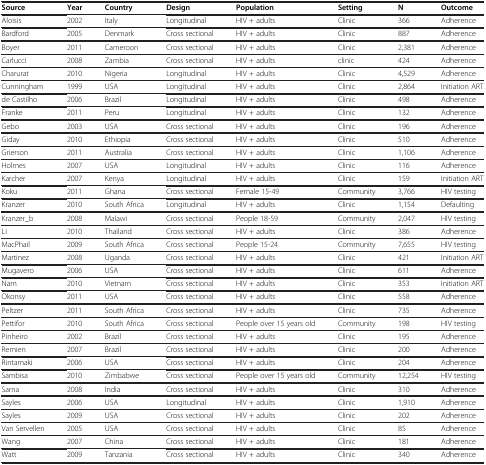
<table><thead><tr><td><b>Source</b></td><td><b>Year</b></td><td><b>Country</b></td><td><b>Design</b></td><td><b>Population</b></td><td><b>Setting</b></td><td><b>N</b></td><td><b>Outcome</b></td></tr></thead><tbody><tr><td>Aloisis</td><td>2002</td><td>Italy</td><td>Longitudinal</td><td>HIV + adults</td><td>Clinic</td><td>366</td><td>Adherence</td></tr><tr><td>Bardford</td><td>2005</td><td>Denmark</td><td>Cross sectional</td><td>HIV + adults</td><td>Clinic</td><td>887</td><td>Adherence</td></tr><tr><td>Boyer</td><td>2011</td><td>Cameroon</td><td>Cross sectional</td><td>HIV + adults</td><td>Clinic</td><td>2,381</td><td>Adherence</td></tr><tr><td>Carlucci</td><td>2008</td><td>Zambia</td><td>Cross sectional</td><td>HIV + adults</td><td>clinic</td><td>424</td><td>Adherence</td></tr><tr><td>Charurat</td><td>2010</td><td>Nigeria</td><td>Longitudinal</td><td>HIV + adults</td><td>Clinic</td><td>4,529</td><td>Adherence</td></tr><tr><td>Cunningham</td><td>1999</td><td>USA</td><td>Longitudinal</td><td>HIV + adults</td><td>Clinic</td><td>2,864</td><td>Initiation ART</td></tr><tr><td>de Castilho</td><td>2006</td><td>Brazil</td><td>Longitudinal</td><td>HIV + adults</td><td>Clinic</td><td>498</td><td>Adherence</td></tr><tr><td>Franke</td><td>2011</td><td>Peru</td><td>Longitudinal</td><td>HIV + adults</td><td>Clinic</td><td>132</td><td>Adherence</td></tr><tr><td>Gebo</td><td>2003</td><td>USA</td><td>Cross sectional</td><td>HIV + adults</td><td>Clinic</td><td>196</td><td>Adherence</td></tr><tr><td>Giday</td><td>2010</td><td>Ethiopia</td><td>Cross sectional</td><td>HIV + adults</td><td>Clinic</td><td>510</td><td>Adherence</td></tr><tr><td>Grierson</td><td>2011</td><td>Australia</td><td>Cross sectional</td><td>HIV + adults</td><td>Clinic</td><td>1,106</td><td>Adherence</td></tr><tr><td>Holmes</td><td>2007</td><td>USA</td><td>Longitudinal</td><td>HIV + adults</td><td>Clinic</td><td>116</td><td>Adherence</td></tr><tr><td>Karcher</td><td>2007</td><td>Kenya</td><td>Longitudinal</td><td>HIV + adults</td><td>Clinic</td><td>159</td><td>Initiation ART</td></tr><tr><td>Koku</td><td>2011</td><td>Ghana</td><td>Cross sectional</td><td>Female 15-49</td><td>Community</td><td>3,766</td><td>HIV testing</td></tr><tr><td>Kranzer</td><td>2010</td><td>South Africa</td><td>Longitudinal</td><td>HIV + adults</td><td>Clinic</td><td>1,154</td><td>Defaulting</td></tr><tr><td>Kranzer_b</td><td>2008</td><td>Malawi</td><td>Cross sectional</td><td>People 18-59</td><td>Community</td><td>2,047</td><td>HIV testing</td></tr><tr><td>Li</td><td>2010</td><td>Thailand</td><td>Cross sectional</td><td>HIV + adults</td><td>Clinic</td><td>386</td><td>Adherence</td></tr><tr><td>MacPhail</td><td>2009</td><td>South Africa</td><td>Cross sectional</td><td>People 15-24</td><td>Community</td><td>7,655</td><td>HIV testing</td></tr><tr><td>Martinez</td><td>2008</td><td>Uganda</td><td>Cross sectional</td><td>HIV + adults</td><td>Clinic</td><td>421</td><td>Initiation ART</td></tr><tr><td>Mugavero</td><td>2006</td><td>USA</td><td>Cross sectional</td><td>HIV + adults</td><td>Clinic</td><td>611</td><td>Adherence</td></tr><tr><td>Nam</td><td>2010</td><td>Vietnam</td><td>Cross sectional</td><td>HIV + adults</td><td>Clinic</td><td>353</td><td>Initiation ART</td></tr><tr><td>Okonsy</td><td>2011</td><td>USA</td><td>Cross sectional</td><td>HIV + adults</td><td>Clinic</td><td>558</td><td>Adherence</td></tr><tr><td>Peltzer</td><td>2011</td><td>South Africa</td><td>Cross sectional</td><td>HIV + adults</td><td>Clinic</td><td>735</td><td>Adherence</td></tr><tr><td>Pettifor</td><td>2010</td><td>South Africa</td><td>Cross sectional</td><td>People over 15 years old</td><td>Community</td><td>198</td><td>HIV testing</td></tr><tr><td>Pinheiro</td><td>2002</td><td>Brazil</td><td>Cross sectional</td><td>HIV + adults</td><td>Clinic</td><td>195</td><td>Adherence</td></tr><tr><td>Remien</td><td>2007</td><td>Brazil</td><td>Cross sectional</td><td>HIV + adults</td><td>Clinic</td><td>200</td><td>Adherence</td></tr><tr><td>Rintamaki</td><td>2006</td><td>USA</td><td>Cross sectional</td><td>HIV + adults</td><td>Clinic</td><td>204</td><td>Adherence</td></tr><tr><td>Sambisa</td><td>2010</td><td>Zimbabwe</td><td>Cross sectional</td><td>People over 15 years old</td><td>Community</td><td>12,254</td><td>HIV testing</td></tr><tr><td>Sarna</td><td>2008</td><td>India</td><td>Cross sectional</td><td>HIV + adults</td><td>Clinic</td><td>310</td><td>Adherence</td></tr><tr><td>Sayles</td><td>2006</td><td>USA</td><td>Longitudinal</td><td>HIV + adults</td><td>Clinic</td><td>1,910</td><td>Adherence</td></tr><tr><td>Sayles</td><td>2009</td><td>USA</td><td>Cross sectional</td><td>HIV + adults</td><td>Clinic</td><td>202</td><td>Adherence</td></tr><tr><td>Van Servellen</td><td>2005</td><td>USA</td><td>Cross sectional</td><td>HIV + adults</td><td>Clinic</td><td>85</td><td>Adherence</td></tr><tr><td>Wang</td><td>2007</td><td>China</td><td>Cross sectional</td><td>HIV + adults</td><td>Clinic</td><td>181</td><td>Adherence</td></tr><tr><td>Watt</td><td>2009</td><td>Tanzania</td><td>Cross sectional</td><td>HIV + adults</td><td>Clinic</td><td>340</td><td>Adherence</td></tr></tbody></table>